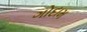
ગોદામ